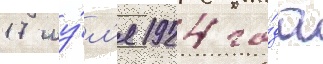
17 иу́л'я 1924 го́да